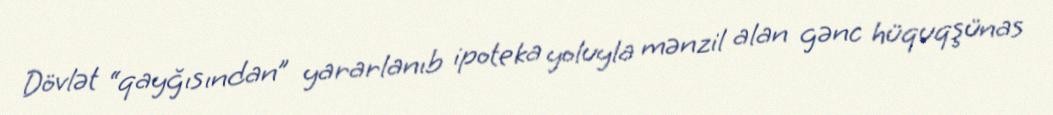
Dövlət “qayğısından” yararlanıb ipoteka yoluyla mənzil alan gənc hüquqşünas